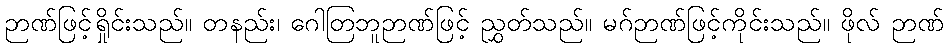
ဉာဏ်ဖြင့်ရှိုင်းသည်။ တနည်း၊ ဂေါတြဘူဉာဏ်ဖြင့် ညွှတ်သည်။ မဂ်ဉာဏ်ဖြင့်ကိုင်းသည်။ ဖိုလ် ဉာဏ်